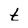
Character: t